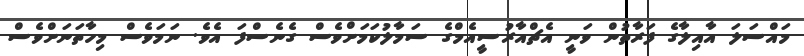
މައްސަލަ އާއިލާގެ ފަރާތުން ވަނީ އެޗްއާރުސީއެމްގެ ސަމާލުކަމަށްވެސް ގެނެސްފަ އެވެ. ނަމަވެސް މިހާތަނަށްވެސް